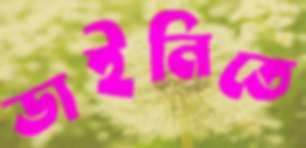
ডাইনিতে